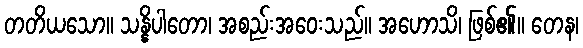
တတိယသော။ သန္နိပါတော၊ အစည်းအဝေးသည်။ အဟောသိ၊ ဖြစ်၏။ တေန၊